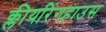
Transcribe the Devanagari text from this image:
क्लीयरिंगहाउस